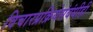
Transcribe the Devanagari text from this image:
विचारप्रक्रियेसंबंधीही